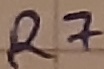
Text: R7